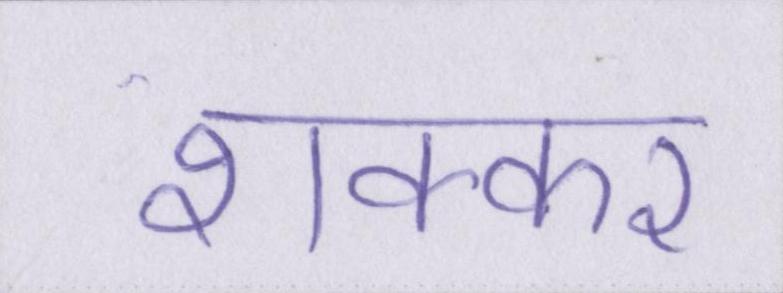
शक्कर